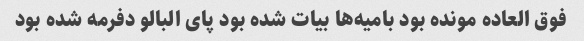
فوق العاده مونده بود بامیه‌ها بیات شده بود پای البالو دفرمه شده بود